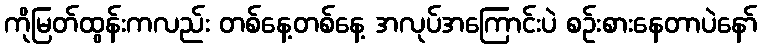
ကိုမြတ်ထွန်းကလည်း တစ်နေ့တစ်နေ့ အလုပ်အကြောင်းပဲ စဉ်းစားနေတာပဲနော်